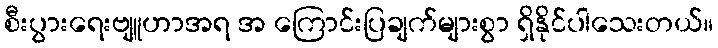
စီးပွားရေးဗျူဟာအရ အ ကြောင်းပြချက်များစွာ ရှိနိုင်ပါသေးတယ်။